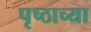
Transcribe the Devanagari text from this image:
पृष्ठाच्या